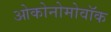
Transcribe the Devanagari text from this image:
ओकोनोमोवॉक